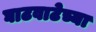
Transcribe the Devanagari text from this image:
घाटवाटेच्या